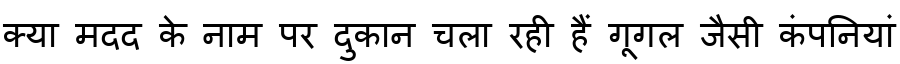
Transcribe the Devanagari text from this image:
क्या मदद के नाम पर दुकान चला रही हैं गूगल जैसी कंपनियां